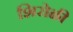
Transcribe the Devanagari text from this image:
शिरोळी